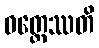
ဝတ္တေဿတိ